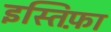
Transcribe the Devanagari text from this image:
इस्तिफ़ा